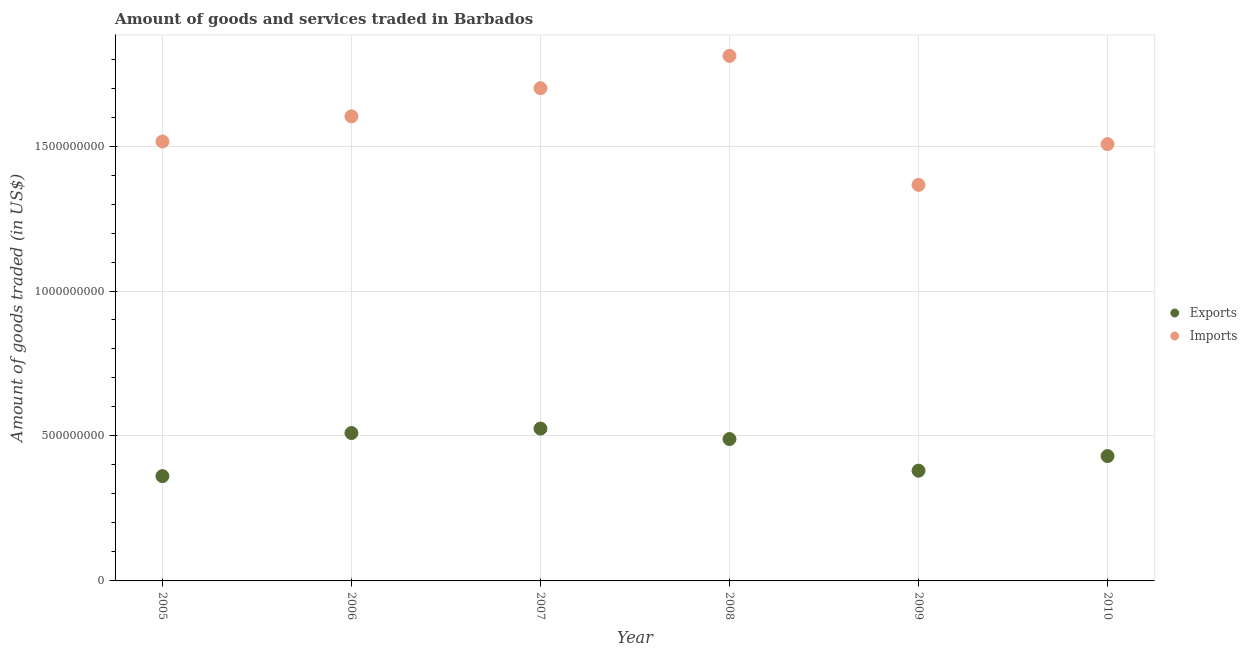
| Year | Exports | Imports |
 | --- | --- | --- |
 | 2005 | 3.61e+08 | 1.52e+09 |
 | 2006 | 5.1e+08 | 1.6e+09 |
 | 2007 | 5.25e+08 | 1.7e+09 |
 | 2008 | 4.89e+08 | 1.81e+09 |
 | 2009 | 3.8e+08 | 1.37e+09 |
 | 2010 | 4.31e+08 | 1.51e+09 |